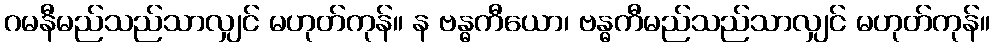
ဂမနီမည်သည်သာလျှင် မဟုတ်ကုန်။ န ဗန္ဓကီယော၊ ဗန္ဓကီမည်သည်သာလျှင် မဟုတ်ကုန်။